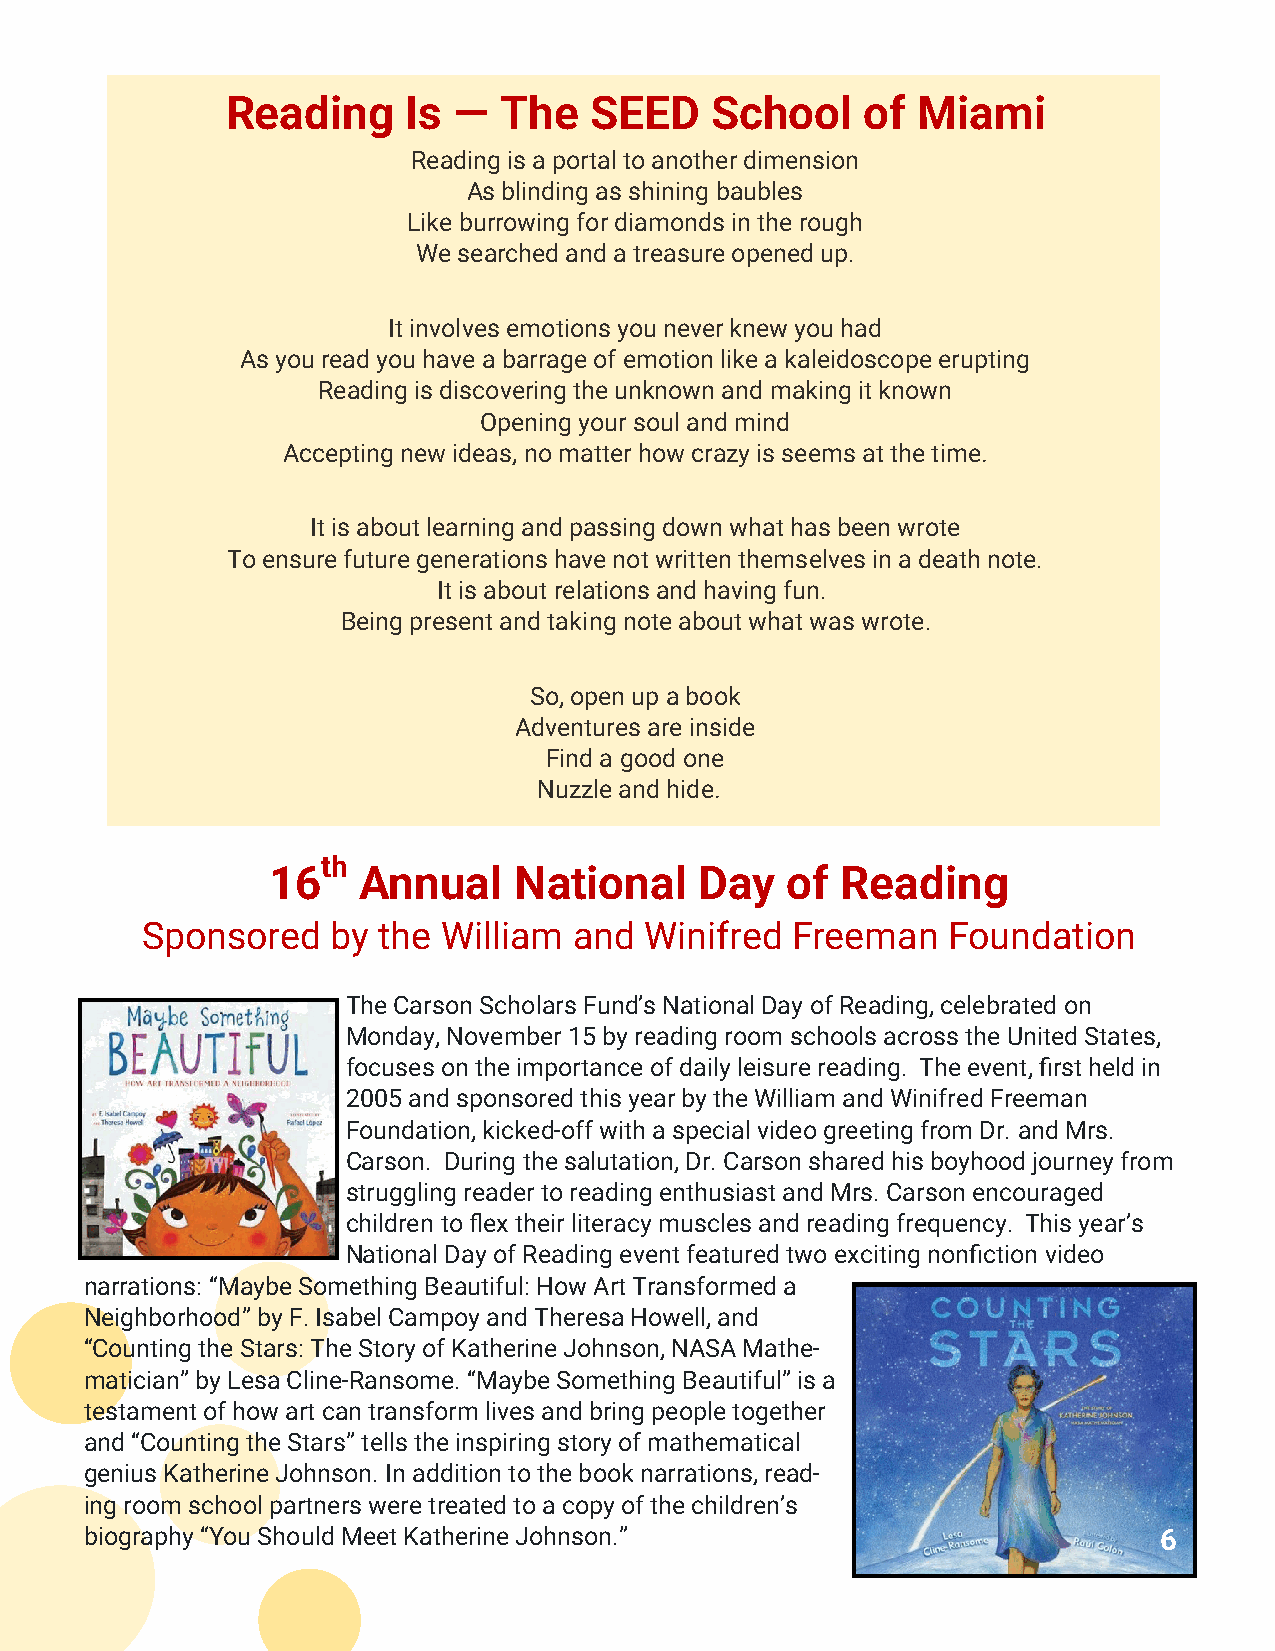
Reading     Is —  The   SEED    School    of  Miami
 Reading is a portal to another dimension
 As blinding as shining baubles
 Like burrowing for diamonds in the rough
 We searched and a treasure opened up.
 It involves emotions you never knew you had
 As you read you have a barrage of emotion like a kaleidoscope erupting
 Reading is discovering the unknown and making it known
 Opening your soul and mind
 Accepting new ideas, no matter how crazy is seems at the time.
 It is about learning and passing down what has been wrote
 To ensure future generations have not written themselves in a death note.
 It is about relations and having fun.
 Being present and taking note about what was wrote.
 So, open up a book
 Adventures are inside
 Find a good one
 Nuzzle and hide.
 th
 16    Annual    National    Day   of  Reading
 Sponsored    by the William  and  Winifred Freeman    Foundation
 The Carson Scholars Fund’s National Day of Reading, celebrated on
 Monday, November 15 by reading room schools across the United States,
 focuses on the importance of daily leisure reading. The event, first held in
 2005 and sponsored this year by the William and Winifred Freeman
 Foundation, kicked-off with a special video greeting from Dr. and Mrs.
 Carson. During the salutation, Dr. Carson shared his boyhood journey from
 struggling reader to reading enthusiast and Mrs. Carson encouraged
 children to flex their literacy muscles and reading frequency. This year’s
 National Day of Reading event featured two exciting nonfiction video
 narrations: “Maybe Something Beautiful: How Art Transformed a
 Neighborhood” by F. Isabel Campoy and Theresa Howell, and
 “Counting the Stars: The Story of Katherine Johnson, NASA Mathe-
 matician” by Lesa Cline-Ransome. “Maybe Something Beautiful” is a
 testament of how art can transform lives and bring people together
 and “Counting the Stars” tells the inspiring story of mathematical
 genius Katherine Johnson. In addition to the book narrations, read-
 ing room school partners were treated to a copy of the children’s
 biography “You Should Meet Katherine Johnson.”                         6
 6